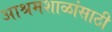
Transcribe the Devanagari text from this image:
आश्रमशाळांसाठी